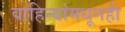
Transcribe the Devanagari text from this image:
वाहिन्यांमधूनही